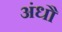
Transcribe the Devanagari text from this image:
अंधौ